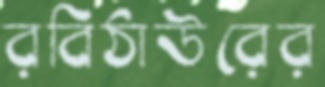
রবিঠাউরের